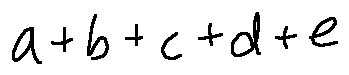
a + b + c + d + e